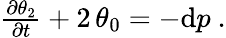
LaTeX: \begin{array}{r}{\frac{\partial\theta_{2}}{\partial t}+2\, \theta_{0}=-\mathrm{d}p\ .}\end{array}